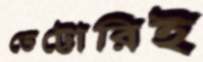
ভেট্টোরিই